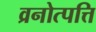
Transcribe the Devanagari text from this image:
व्रनोत्पत्ति